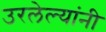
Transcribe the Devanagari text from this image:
उरलेल्यांनी